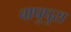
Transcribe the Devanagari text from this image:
बापुपुरा